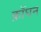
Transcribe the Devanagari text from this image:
क्रॉघन